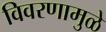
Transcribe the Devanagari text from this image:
विवरणामुळे